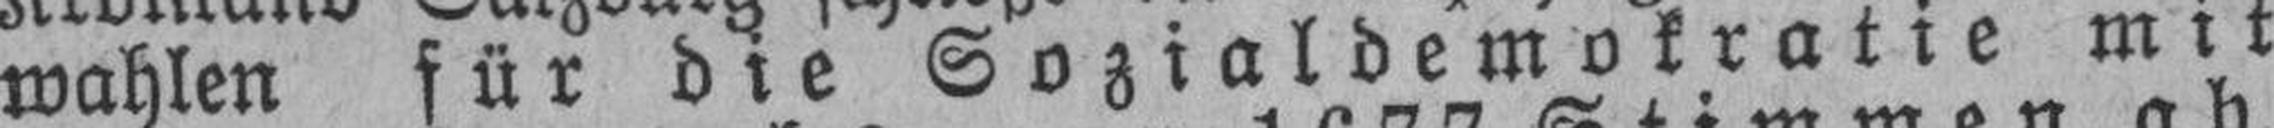
wahlen für die Sozialdemokratie mit